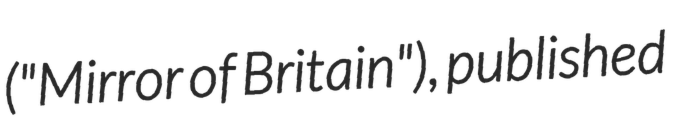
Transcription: ("Mirror of Britain"), published